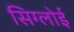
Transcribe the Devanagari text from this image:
सिग्लोई